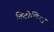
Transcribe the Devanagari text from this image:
विटोलिया